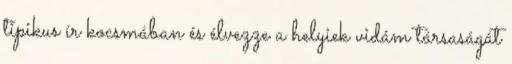
tipikus ír kocsmában és élvezze a helyiek vidám társaságát